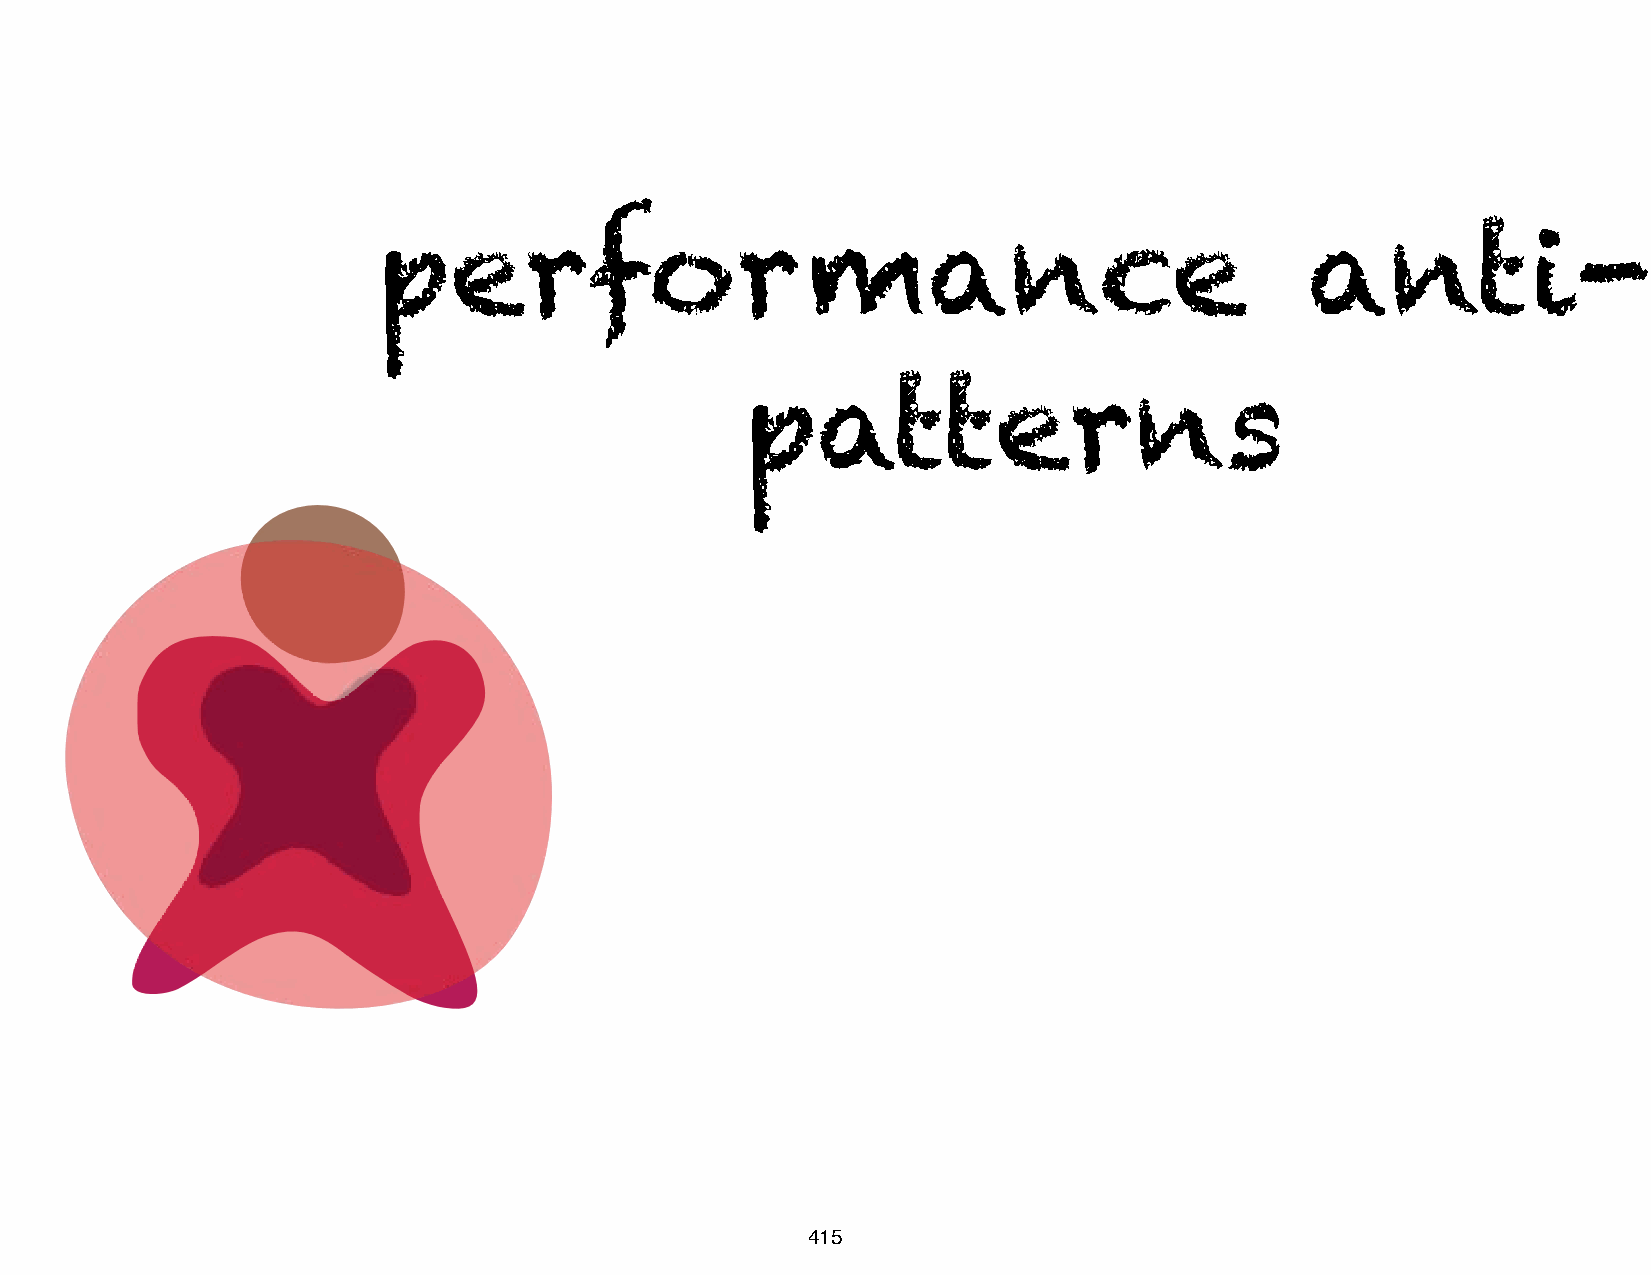
performance                                                   anti-
 patterns
 415